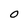
Character: O